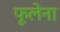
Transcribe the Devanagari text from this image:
फूलेना